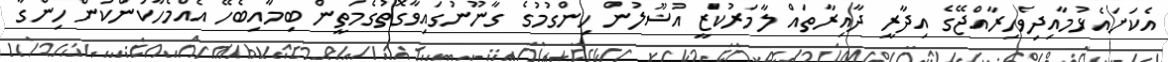
އެކަށައެޅުމާއިދިވެހިރާއްޖޭގެ އިދާރީ ދާއިރާތައް ލާމަރުކަޒީ އުޟޫލުން ހިންގުމުގެ ގާނޫނުގައިވާގޮތުގެމަތީން ބިމާއިބެހޭ އެއްމެހާކަންކަން ހިންގާ